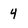
Character: 4